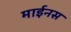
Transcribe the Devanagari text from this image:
माईनस